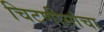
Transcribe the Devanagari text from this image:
चिटणीसांचा